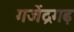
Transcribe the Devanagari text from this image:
गजेंद्रगढ़